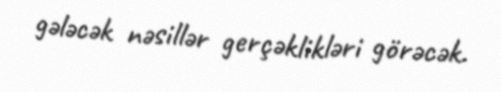
gələcək nəsillər gerçəklikləri görəcək.